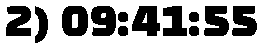
2) 09:41:55